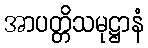
အာပတ္တိသမုဋ္ဌာနံ